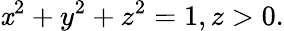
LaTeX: \mathit{x}^{2}+y^{2}+z^{2}=1,z>0.